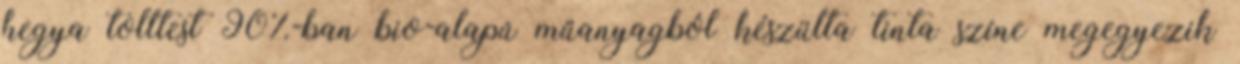
hegya tolltest 90%-ban bio-alapú műanyagból készülta tinta színe megegyezik